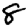
Digit: 8